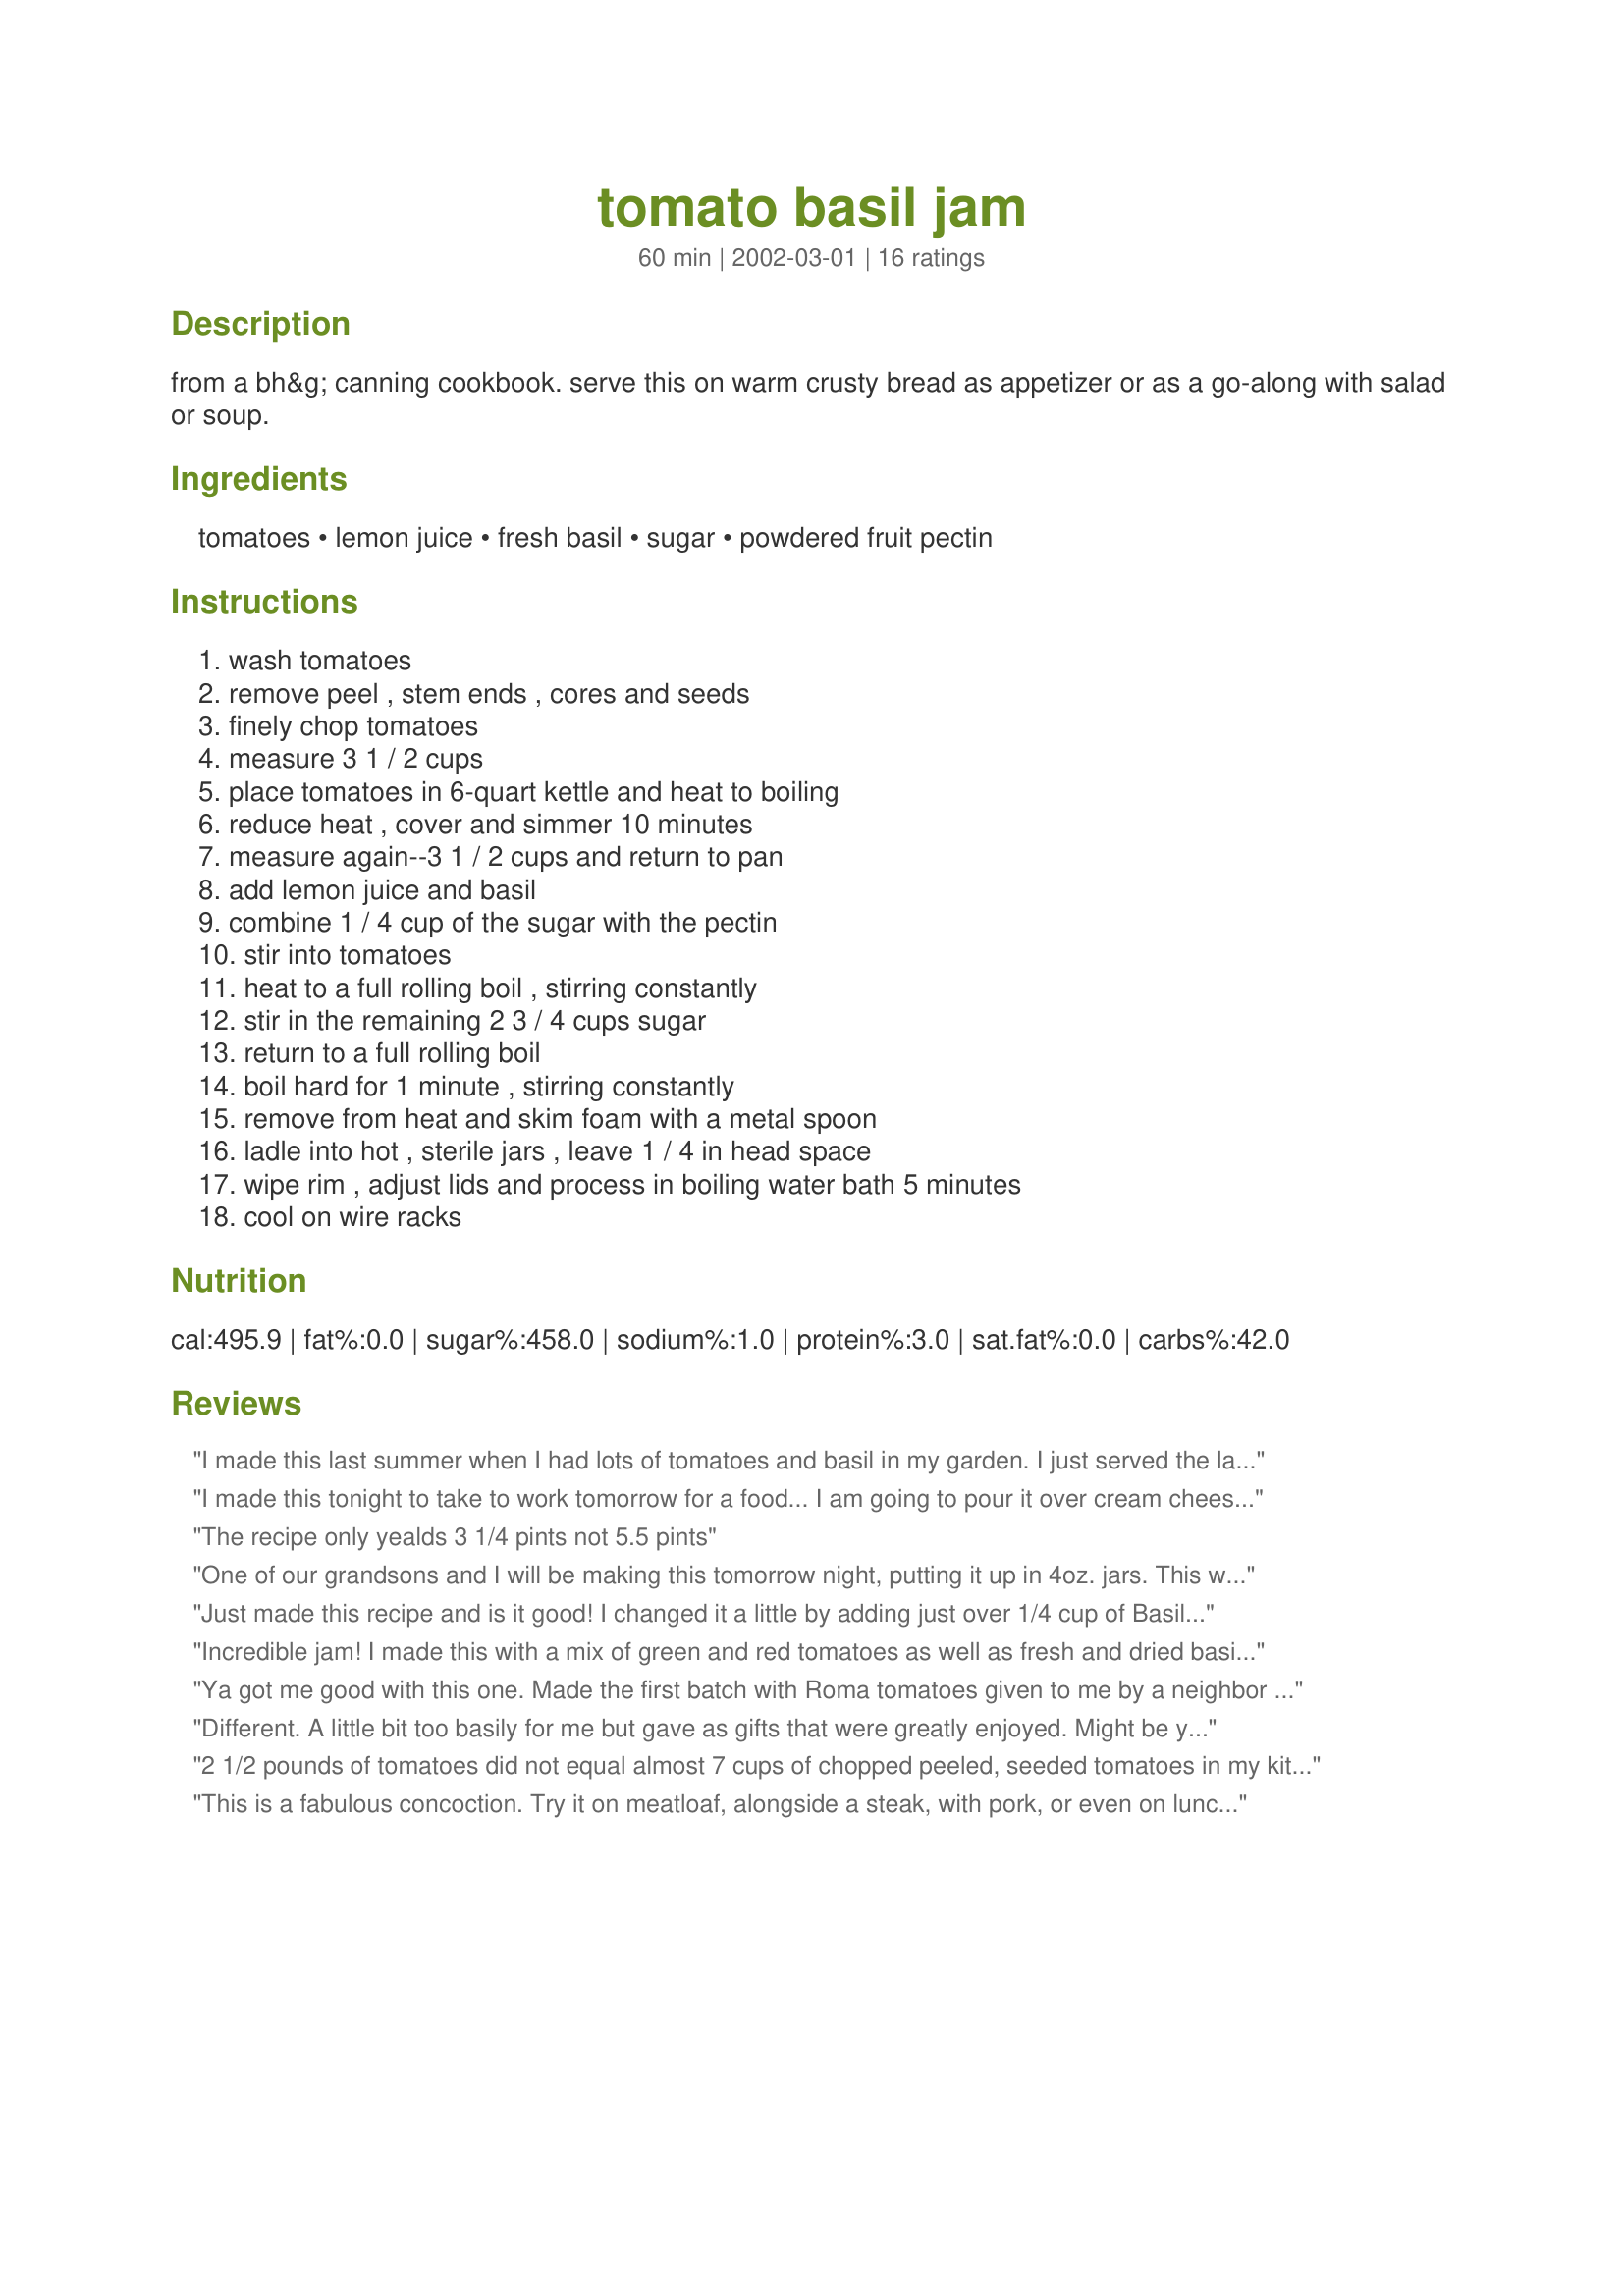
tomato basil jam
Preparation time: 60 minutes

from a bh&g canning cookbook. serve this on warm crusty bread as appetizer or as a go-along with salad or soup.

Ingredients:
tomatoes, lemon juice, fresh basil, sugar, powdered fruit pectin

Steps:
wash tomatoes, remove peel , stem ends , cores and seeds, finely chop tomatoes, measure 3 1 / 2 cups, place tomatoes in 6-quart kettle and heat to boiling, reduce heat , cover and simmer 10 minutes, measure again--3 1 / 2 cups and return to pan, add lemon juice and basil, combine 1 / 4 cup of the sugar with the pectin, stir into tomatoes, heat to a full rolling boil , stirring constantly, stir in the remaining 2 3 / 4 cups sugar, return to a full rolling boil, boil hard for 1 minute , stirring constantly, remove from heat and skim foam with a metal spoon, ladle into hot , sterile jars , leave 1 / 4 in head space, wipe rim , adjust lids and process in boiling water bath 5 minutes, cool on wire racks

Reviews:
I made this last summer when I had lots of tomatoes and basil in my garden. I just served the last jar at a club luncheon, and it was such a hit, I have forwarded the recipe to several of the ladies who all loved it. I served it spread on top of softened cream cheese on water crackers.
I made this tonight to take to work tomorrow for a food... I am going to pour it over cream cheese!! It's going to be a huge hit. Move over raspberry-jalapeno jam you've have some serious competition!!
The recipe only yealds 3 1/4 pints not 5.5 pints
One of our grandsons and I will be making this tomorrow night, putting it up in 4oz. jars. This way we can give it to more folks. Basil is from my garden. Tomatoes from grocery store. Next batch will be with canned tomatoes and Rosemary, then my tomatoes should be ready and I might have enough to make one jar. It is so dry in Katy Texas.
Just made this recipe and is it good! I changed it a little by adding just over 1/4 cup of Basil. I like the flavor. It's great on toast with a bit of brie or sharp cheese (blue - YUM).
Incredible jam! I made this with a mix of green and red tomatoes as well as fresh and dried basil. Very tasty, a fantastic change from the usual sweet flavored jams.
Ya got me good with this one. Made the first batch with Roma tomatoes given to me by a neighbor and a second batch with an assortment of heirloom tomatoes given to me by yet another neighbor. Both were equally delicious. Hope to make more to cover what I've already gobbled up. I used basil from a tube of Gourmet Garden Basil Herb Blend as my fresh had suffered during the recent rain storms. It worked just great. Thanks for sharing this great go-with-anything condiment.
Different. A little bit too basily for me but gave as gifts that were greatly enjoyed. Might be yummy on a burger too!
2 1/2 pounds of tomatoes did not equal almost 7 cups of chopped peeled, seeded tomatoes in my kitchen. Hours of work with tomatoes and I have jars of sweet tomato soup. The measurements seem off to me.
This is a fabulous concoction. Try it on meatloaf, alongside a steak, with pork, or even on lunchmeat sandwiches!
I just decided to start trying canning jams and jellies. I was curious if I could find a recipe that used the wonderful things out in my garden, and stumbled across this. I have no clue how it will turn out, but I seriously wanted to gobble the whole thing down as I was tasting it before it went the jar. Who knew tomatoes could be used in a jam?!? The only thing I did different was to add caramelized onions. I can&#039;t wait to give these away for Christmas!!!!
Do you think this would work using canned diced tomatoes and skipping directly to step 7?
This jam is especially good and is easy to make! I think it makes an excellent accompaniment to poultry/fish/pork, any bread or omelette/quiche/frittata. I accidentally added 1/3c. of lemon juice instead of 1/4c. and it still turned out great. I used petite jelly jars (4oz) and got 9 full jars. For my needs, I knew I would only require condiment size servings per meal so I opted for the smaller jars which should serve 4-6. Very flavorful and a little goes a long way!
This is simply wonderful! It will be a jam I will make every fall. I added a little garlic pepper, garlic salt, sea salt, hot pepper flakes, and a smidgeon of chipolte pepper powder just for a little smokey flavor. It is great on crackers or as a topping on cream cheese. It would be so pretty next to some pepper jelly during the holidays.
I just made this jam using canned tomatos and basil from my garden. It set up great and the taste is wonderful. Next time I will remove the tomato seeds so it will look even prettier in the jars.
So easy! I plan to make this all year. I added more basil than the recipe calls for. I can't wait to eat it on biscuits, bagels, etc.
